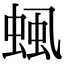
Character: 𧋜